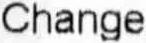
CHANGE